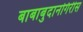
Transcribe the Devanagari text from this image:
बाबाबुदानगिरीस